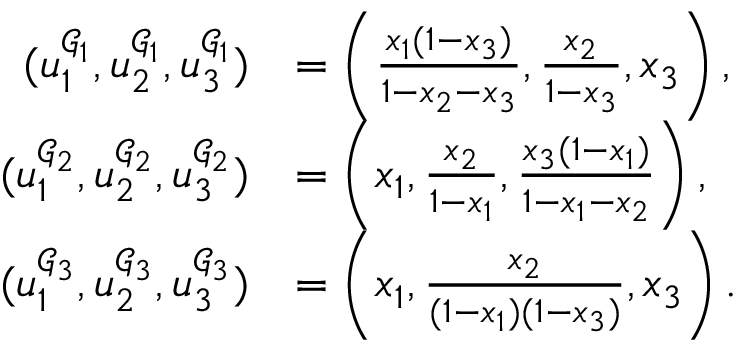
\begin{array} { r l } { ( u _ { 1 } ^ { \mathcal { G } _ { 1 } } , u _ { 2 } ^ { \mathcal { G } _ { 1 } } , u _ { 3 } ^ { \mathcal { G } _ { 1 } } ) } & { = \left( \frac { x _ { 1 } ( 1 - x _ { 3 } ) } { 1 - x _ { 2 } - x _ { 3 } } , \frac { x _ { 2 } } { 1 - x _ { 3 } } , x _ { 3 } \right) , } \\ { ( u _ { 1 } ^ { \mathcal { G } _ { 2 } } , u _ { 2 } ^ { \mathcal { G } _ { 2 } } , u _ { 3 } ^ { \mathcal { G } _ { 2 } } ) } & { = \left( x _ { 1 } , \frac { x _ { 2 } } { 1 - x _ { 1 } } , \frac { x _ { 3 } ( 1 - x _ { 1 } ) } { 1 - x _ { 1 } - x _ { 2 } } \right) , } \\ { ( u _ { 1 } ^ { \mathcal { G } _ { 3 } } , u _ { 2 } ^ { \mathcal { G } _ { 3 } } , u _ { 3 } ^ { \mathcal { G } _ { 3 } } ) } & { = \left( x _ { 1 } , \frac { x _ { 2 } } { ( 1 - x _ { 1 } ) ( 1 - x _ { 3 } ) } , x _ { 3 } \right) . } \end{array}